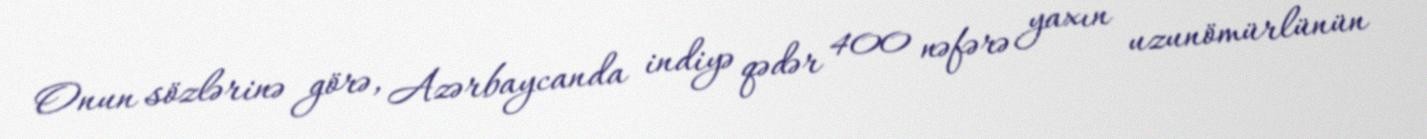
Onun sözlərinə görə, Azərbaycanda indiyə qədər 400 nəfərə yaxın uzunömürlünün